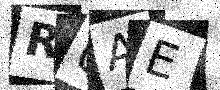
Text: RUAE